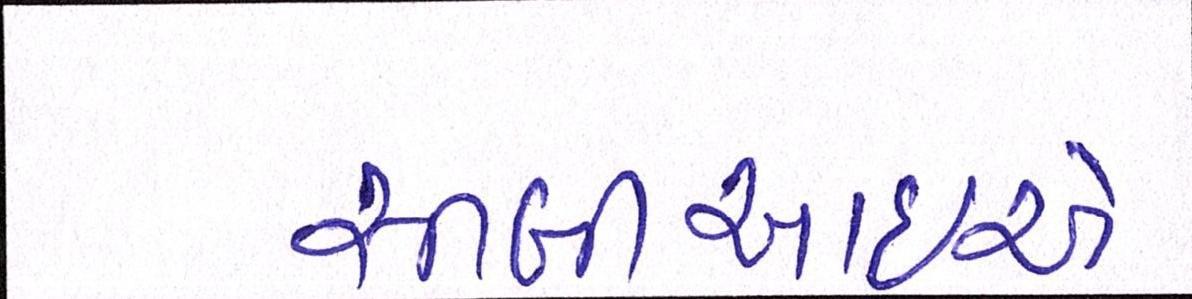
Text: સીબીઆઇએ